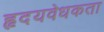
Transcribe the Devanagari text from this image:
हृदयवेधकता